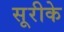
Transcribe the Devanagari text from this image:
सूरीके